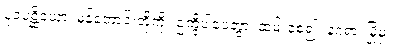
ပူဝပစ္ဆိယော၊ မုန့်တောင်းတို့ကို။ ဥက္ခိပါပေတွာ၊ ထမ်းစေ၍။ နဂရာ၊ မြို့မှ။